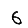
Digit: 6